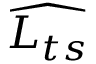
\widehat { L _ { t s } }